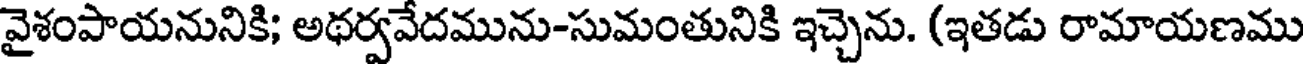
వైశంపాయనునికి; అథర్వవేదమును-సుమంతునికి ఇచ్చెను. (ఇతడు రామాయణము